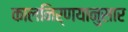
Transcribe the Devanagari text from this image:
कालनिर्णयानुसार